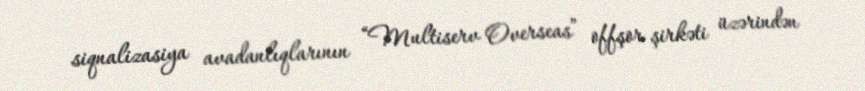
siqnalizasiya avadanlıqlarının “Multiserv Overseas” offşor şirkəti üzərindən